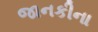
જાનકીના